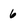
Character: 6